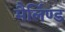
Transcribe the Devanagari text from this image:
मैर्लिण्ड